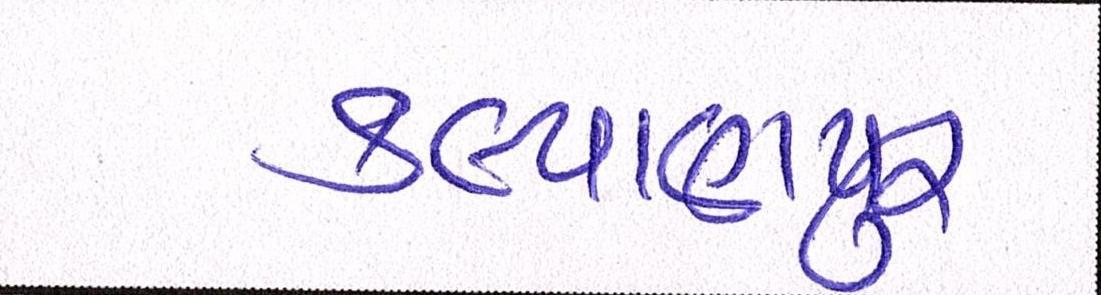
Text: કલ્યાણપુર